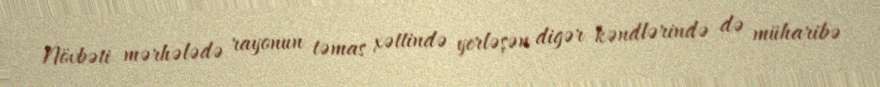
Növbəti mərhələdə rayonun təmas xəttində yerləşən digər kəndlərində də müharibə